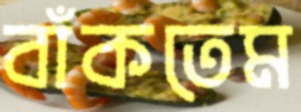
বাঁকতেম